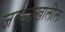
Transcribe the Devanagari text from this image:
जबड्याखालील